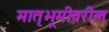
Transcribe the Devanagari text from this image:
मातृभूमीवरील